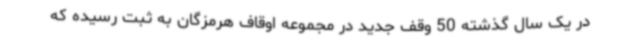
در یک سال گذشته 50 وقف جدید در مجموعه اوقاف هرمزگان به ثبت رسیده که